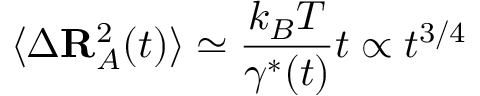
\langle \Delta \mathbf { R } _ { A } ^ { 2 } ( t ) \rangle \simeq \frac { k _ { B } T } { \gamma ^ { * } ( t ) } t \propto t ^ { 3 / 4 }